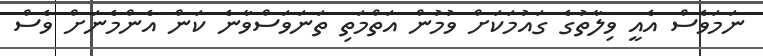
ނަމަވެސް އެއީ ވިލާތުގެ ގައުމަކަށް ވުމުން އަތްމަތި ތަނަވަސްވާނެ ކަން އެންމެނަށް ވެސް